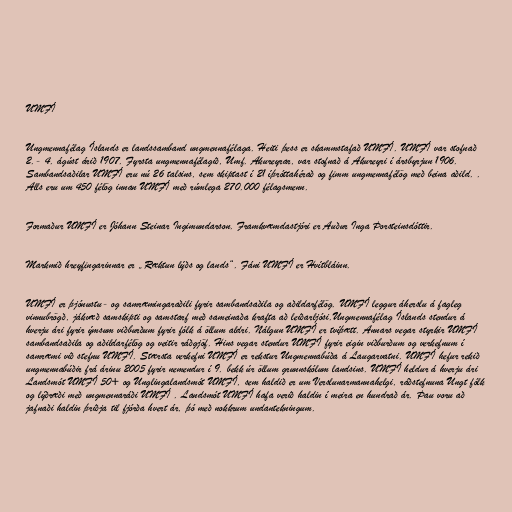
UMFÍ

Ungmennafélag Íslands er landssamband ungmennafélaga. Heiti þess er skammstafað UMFÍ. UMFÍ var stofnað
2.- 4. ágúst árið 1907. Fyrsta ungmennafélagið, Umf. Akureyrar, var stofnað á Akureyri í ársbyrjun 1906.
Sambandsaðilar UMFÍ eru nú 26 talsins, sem skiptast í 21 íþróttahérað og fimm ungmennafélög með beina aðild. .
Alls eru um 450 félög innan UMFÍ með rúmlega 270.000 félagsmenn.

Formaður UMFÍ er Jóhann Steinar Ingimundarson. Framkvæmdastjóri er Auður Inga Þorsteinsdóttir.

Markmið hreyfingarinnar er „Ræktun lýðs og lands“. Fáni UMFÍ er Hvítbláinn.

UMFÍ er þjónustu- og samræmingaraðili fyrir sambandsaðila og aðildarfélög. UMFÍ leggur áherslu á fagleg
vinnubrögð, jákvæð samskipti og samstarf með sameinaða krafta að leiðarljósi.Ungmennafélag Íslands stendur á
hverju ári fyrir ýmsum viðburðum fyrir fólk á öllum aldri. Nálgun UMFÍ er tvíþætt. Annars vegar styrkir UMFÍ
sambandsaðila og aðildarfélög og veitir ráðgjöf. Hins vegar stendur UMFÍ fyrir eigin viðburðum og verkefnum í
samræmi við stefnu UMFÍ. Stærsta verkefni UMFÍ er rekstur Ungmennabúða á Laugarvatni. UMFÍ hefur rekið
ungmennabúðir frá árinu 2005 fyrir nemendur í 9. bekk úr öllum grunnskólum landsins. UMFÍ heldur á hverju ári
Landsmót UMFÍ 50+ og Unglingalandsmót UMFÍ, sem haldið er um Verslunarmannahelgi, ráðstefnuna Ungt fólk
og lýðræði með ungmennaráði UMFÍ . Landsmót UMFÍ hafa verið haldin í meira en hundrað ár. Þau voru að
jafnaði haldin þriðja til fjórða hvert ár, þó með nokkrum undantekningum.